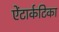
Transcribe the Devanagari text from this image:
ऐंटार्कटिका